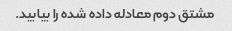
مشتق دوم معادله داده شده را بیابید.